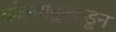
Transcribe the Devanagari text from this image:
कोल्हापूरकडून